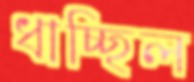
ধাচ্ছিল